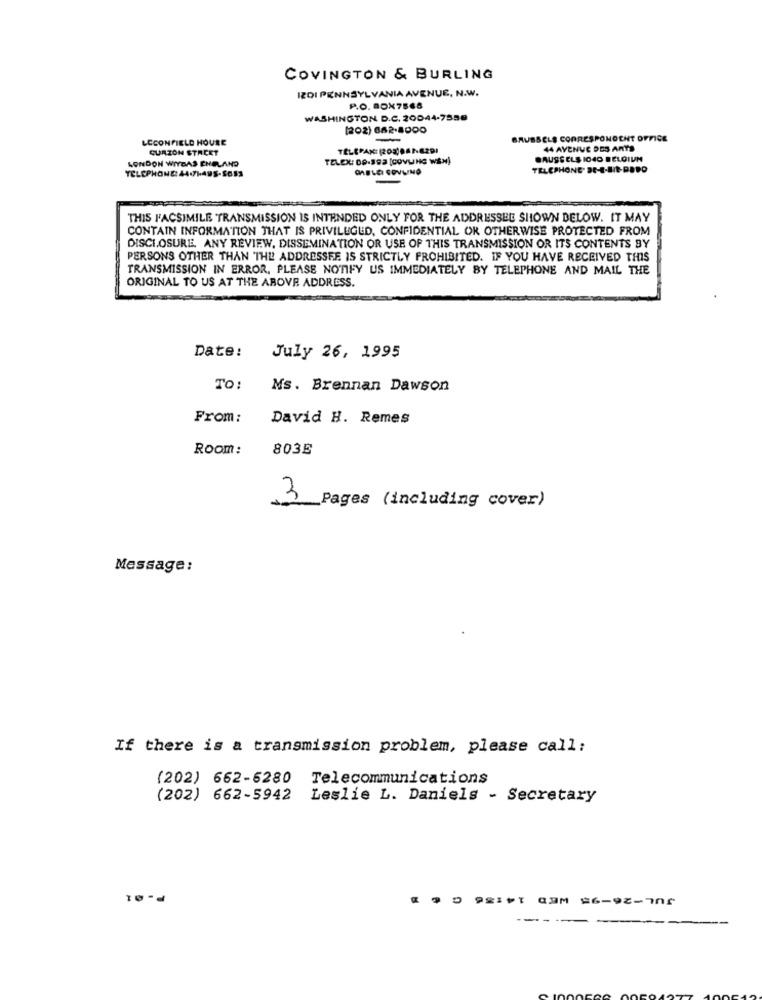
COVINGTON & BURLING
IZDI PENNSYLVANIA AVENUE, N.W.
P.O. BOX7568
WASHINGTON D.C. 20044-7550
[202) 682.8000
LECONFIELD HOURE
-
BRUSSELS CORRESPONDENT OFFICE
CURZON STACET
TELEFAX: (203)082-6291
44 AVENUE DES ARTS
LONDON WIYDAS CHELAND
TELEX: DO.392 [COVLNG WEN)
CAUSE ELS 1040 BELGIUM
TELEPHONE. DE-E-BIE-PEDO
-
THIS FACSIMILE TRANSMISSION IS INTENDED ONLY FOR THE ADDRESSBE SHOWN DELOW. IT MAY
CONTAIN INFORMATION THAT IS PRIVILEGED, CONFIDENTIAL OR OTHERWISE PROTECTED FROM
DISCLOSURE, ANY REVIEW, DISSEMINATION OR USE OF THIS TRANSMISSION OR ITS CONTENTS BY
PERSONS OTHER THAN THE ADDRESSEE IS STRICTLY PROHIBITED. IF YOU HAVE RECEIVED THIS
TRANSMISSION IN ERROR, PLEASE NOTIFY US IMMEDIATELY BY TELEPHONE AND MAIL THE
ORIGINAL TO US AT THE ABOVE ADDRESS.
Date:
July 26, 1995
TO:
Ms. Brennan Dawson
From:
David H. Remes
Room:
803E
3
Pages (including cover)
Message:
If there is a transmission problem, please call:
(202) 662-6280 Telecommunications
(202) 662-5942 Leslie L. Daniels - Secretary
P-01